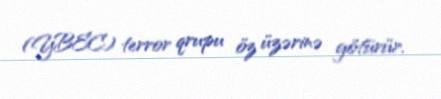
(YBEC) terror qrupu öz üzərinə götürür.